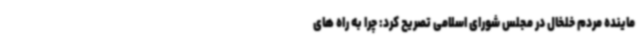
ماینده مردم خلخال در مجلس شورای اسلامی تصریح کرد: چرا به راه های